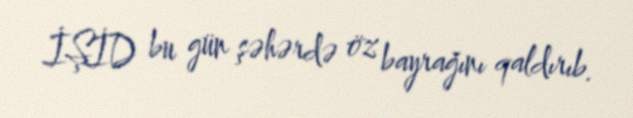
İŞİD bu gün şəhərdə öz bayrağını qaldırıb.